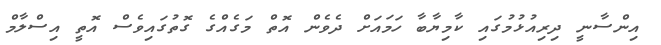
އިންސާނީ ދިރިއުޅުމުގައި ކާމިޔާބާ ހަމައަށް ދެވެން އޮތް މަގެއްގެ ގޮތުގައިވެސް އޮތީ އިސްލާމް